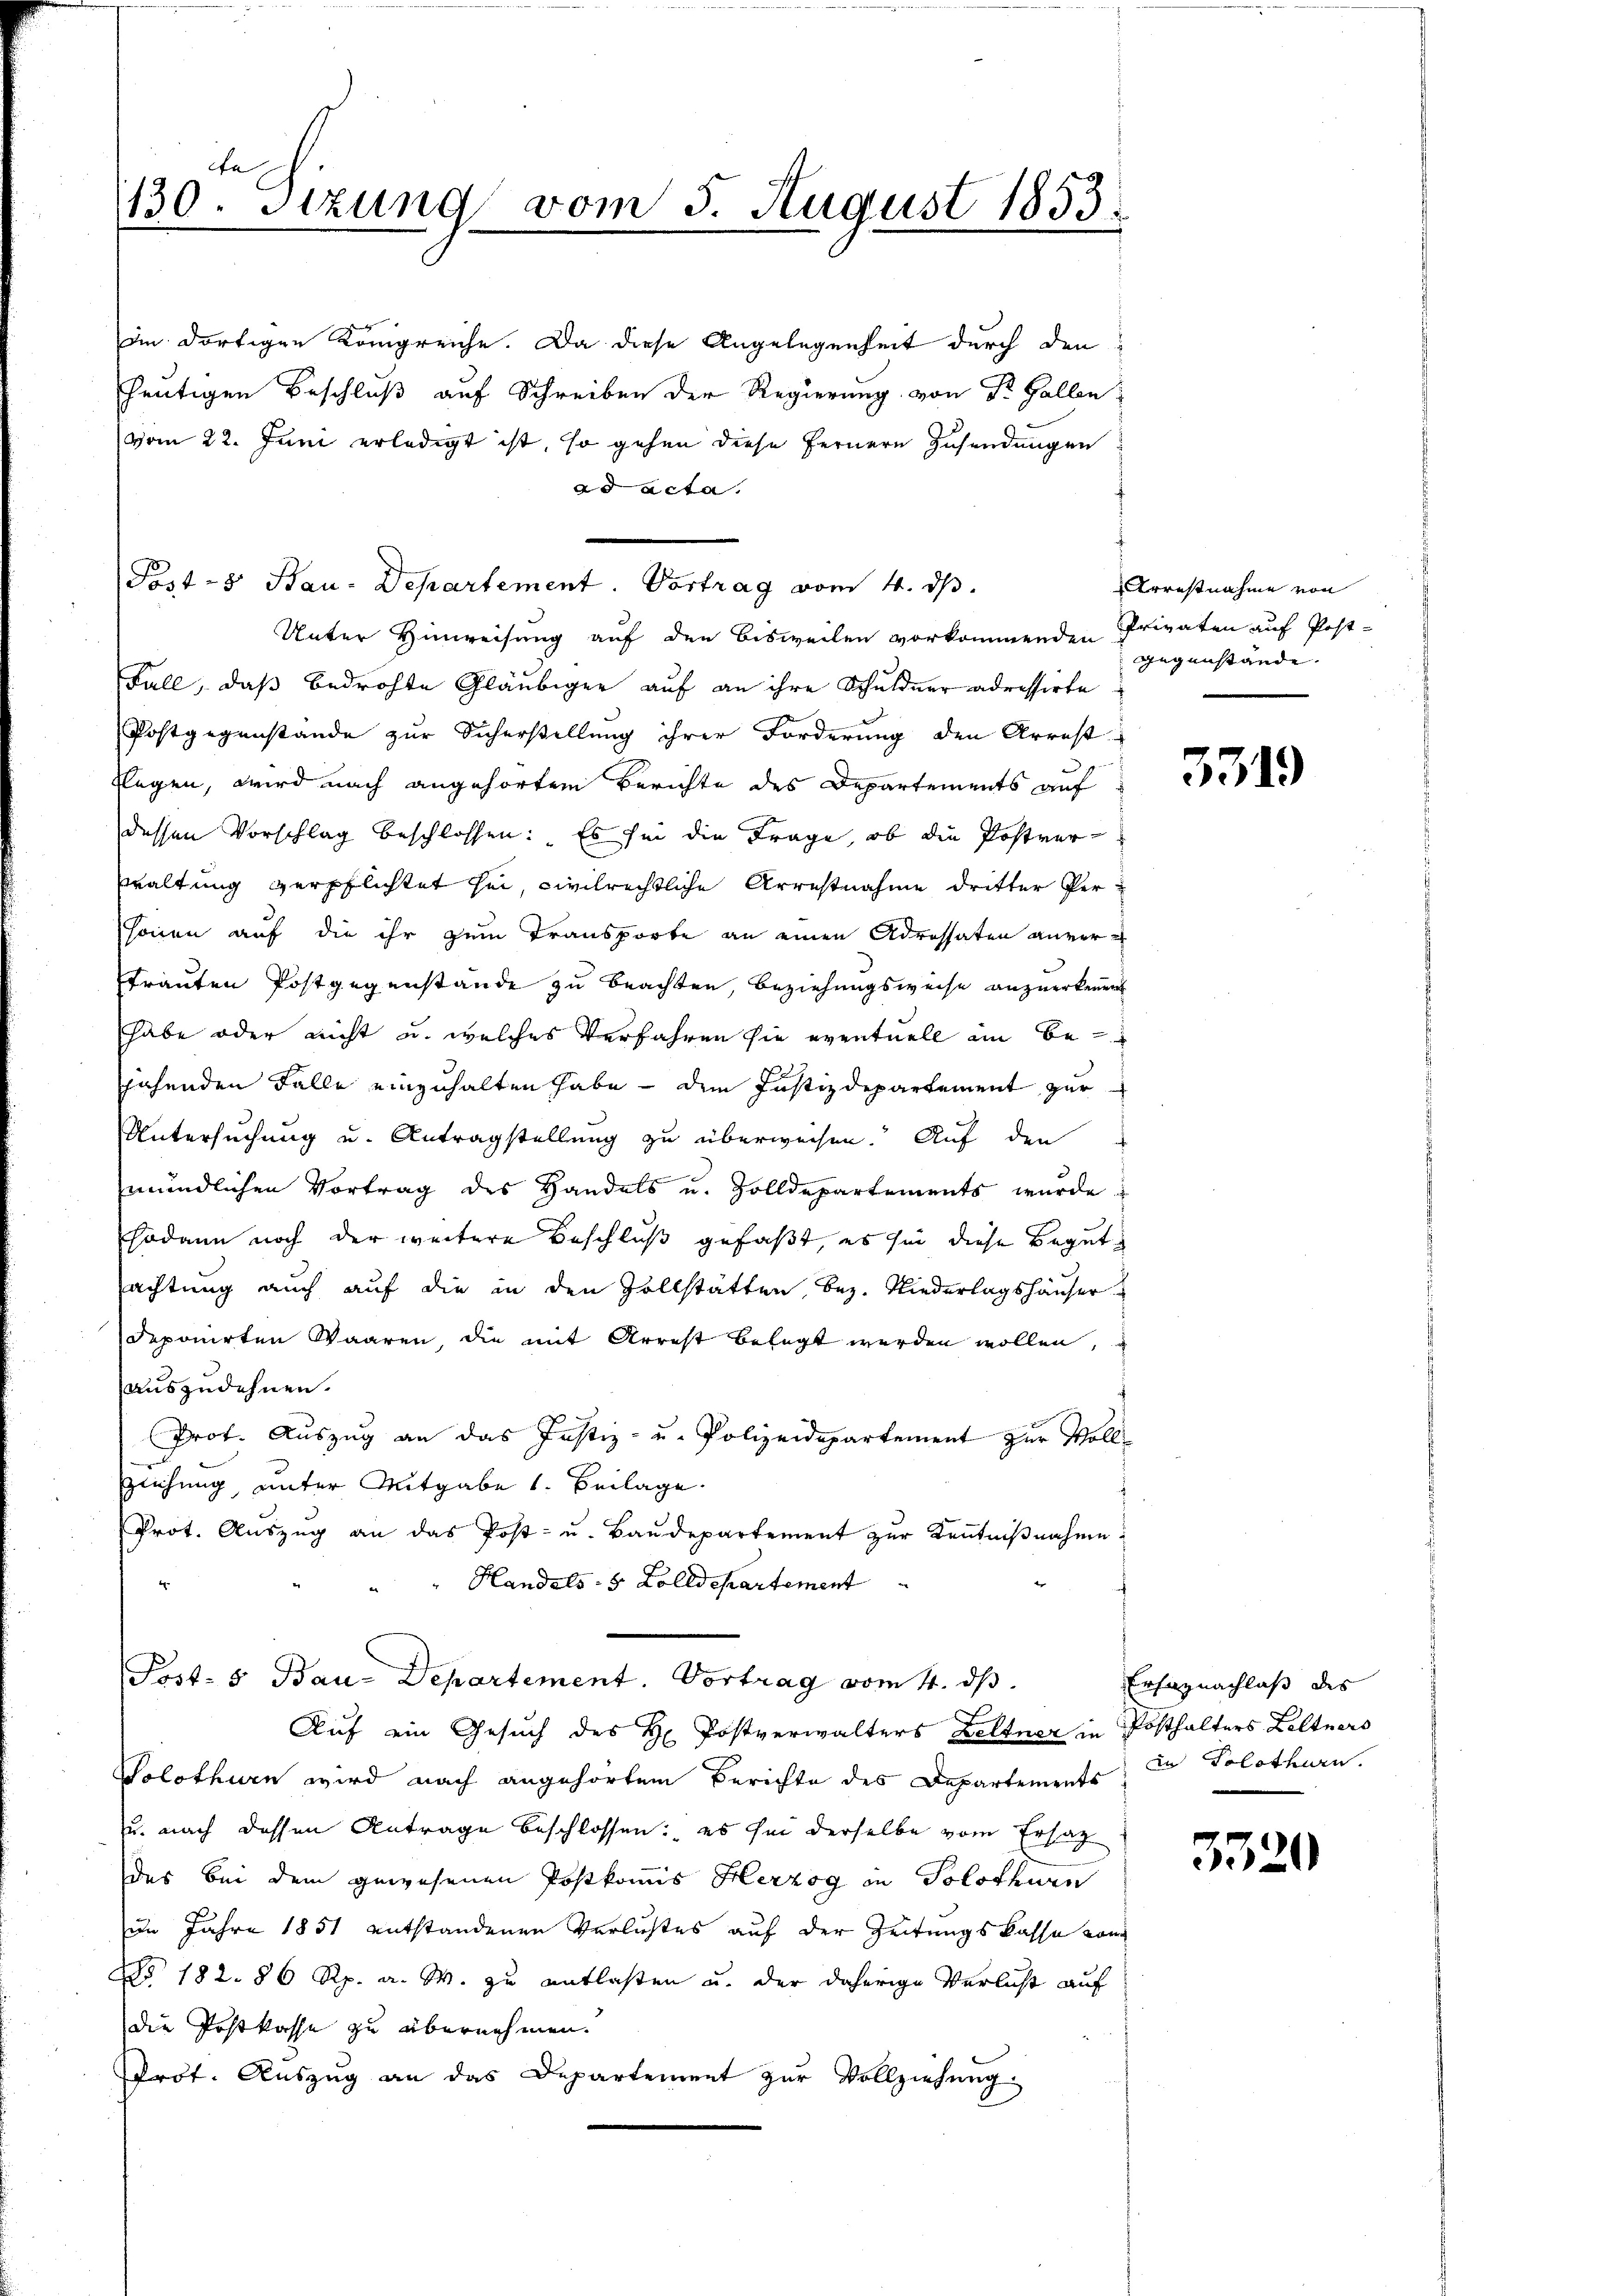
r
130. Stzung vom 5. August 1853.

im dortigen Königreiche. Da diese Angelegenheit durch den
heutigen Beschluß auf Schreiben der Regierung von Dr. Gallen
vom 22. Juni erledigt ist, so gehen diese Fernere Zusendungen
ad acta.
Post-8 Bau-Departement. Vortrag vom 4. d.
Unter Hinweisung auf den Bisweilen vorkommenden Privaten auf Post-
Fall, daß bedrohte Gläubiger auf an ihre Schuldner adressirte
Postgegenstande zur Sicherstellung ihrer Forderung den Arrest
Elegen, wird nach angehörtem Berichte des Departements auf
dessen Vorschlag beschlossen: Es sei die Frage, ob die Postverwaltung verpflichtet sei, civilrechtliche Arrestnahme dritter Personen auf die ihr zum Transporte an einen Adressaten anvertrauten Postgegenstände zu beachten, Beziehungsweise anzuerkennen
habe oder nicht u. welches Verfahren sie eventuell im Bejahenden Falle einzuhalten habe - dem Justizdepartement zur
Untersuchung u. Antragstellung zu überweisen. Auf den
mündlichen Vortrag des Handels u. Zolldepartements wurde
sodann noch der weitere Beschluß gefaßt, es sie diese Begutachtung auch auf die in den Zollstatten, bez. Niederlagshäuser
deponirten Waaren die mit Arrest belegt werden wollen,
auszudehnen.
Prof. Auszug an das Justiz- u. Polizeidepartement zur Voll¬
Zeichung, unter Mitgabe 1. Beilage.
Prot. Aŭszŭg an das Post- u. Baŭdepartement zŭr Keṅtniβnahme:
Handels- 5 Zolldepartement
Post- & Bau-Departement. Vortrag vom 4. ds.
Auf ein Gesuch des H. Postverwalters Zeltner in Posthalters Leltners
Solothurn wird nach angehörtem Berichte des Departements
u. nach dessen Antrage beschlossen: es sei derselbe vom Ersatz
des bei dem gewesenen Postkommis Herzog in Solothurn
in Jahre 1851 entstandenen Verlustes auf der Zeitungskasse vom
N° 182. 86 Rp. a. M. zu entlaßen u. der daherige Verlicht auf
die Postkasse zu übernehmen.
Prot. Aŭszŭg an das Departement zŭr Vollziehŭng

Arrestnahme von
gegenstände. |

5319

Erfaznachlaß des
in Solothurn.

3320